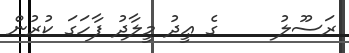
ރަސޫލު     ގެ ޢީދު މީލާދު ފާހަގަ ކުރުން